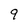
Character: 9